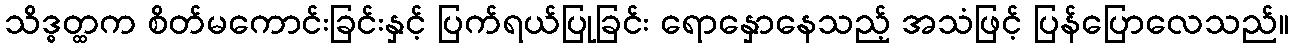
သိဒ္ဓတ္ထက စိတ်မကောင်းခြင်းနှင့် ပြက်ရယ်ပြုခြင်း ရောနှောနေသည့် အသံဖြင့် ပြန်ပြောလေသည်။